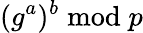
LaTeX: (g^{a})^{b}{\bmod{p}}